Indian journal of veterinary science and animal husbandry - Volumes 24-25, 1954-1955
Year: 1954
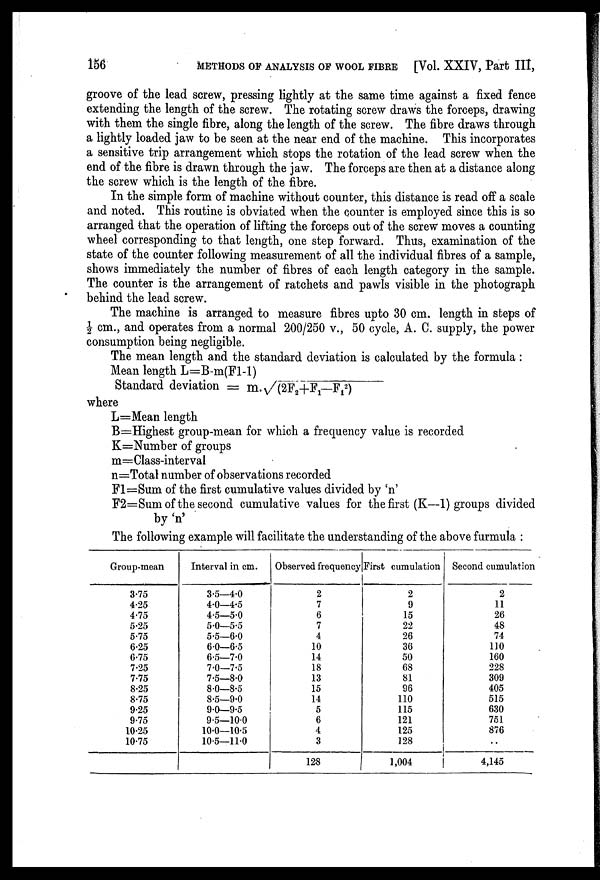
156
METHODS OF ANALYSIS OF WOOL FIBRE [Vol. XXIV, Part III,
groove of the lead screw, pressing lightly at the same time against a fixed fence
extending the length of the screw. The rotating screw draws the forceps, drawing
with them the single fibre, along the length of the screw. The fibre draws through
a lightly loaded jaw to be seen at the near end of the machine. This incorporates
a sensitive trip arrangement which stops the rotation of the lead screw when the
end of the fibre is drawn through the jaw. The forceps are then at a distance along
the screw which is the length of the fibre.
In the simple form of machine without counter, this distance is read off a scale
and noted. This routine is obviated when the counter is employed since this is so
arranged that the operation of lifting the forceps out of the screw moves a counting
wheel corresponding to that length, one step forward. Thus, examination of the
state of the counter following measurement of all the individual fibres of a sample,
shows immediately the number of fibres of each length category in the sample.
The counter is the arrangement of ratchets and pawls visible in the photograph
behind the lead screw.
The machine is arranged to measure fibres upto 30 cm. length in steps of
½ cm., and operates from a normal 200/250 v., 50 cycle, A. C. supply, the power
consumption being negligible.
The mean length and the standard deviation is calculated by the formula :
Mean length L=B-m(F1-1)
Standard deviation = m. √(2F 2 +F 1 —F 1
2
)
where
L=Mean length
B=Highest group-mean for which a frequency value is recorded
K=Number of groups
m=Class-interval
n=Total number of observations recorded
F1=Sum of the first cumulative values divided by 'n'
F2=Sum of the second cumulative values for the first (K—1) groups divided
by 'n'
The following example will facilitate the understanding of the above furmula :
Group-mean
3.75
4.25
4.75
5.25
5.75
6.25
6.75
7.25
7.75
8.25
8.75
9.25
9.75
10.25
10.75
Interval in cm.
3.5—4.0
4.0—4.5
4.5—5.0
5.0—5.5
5.5—6.0
6.0—6.5
6.5—7.0
7.0—7.5
7.5—8.0
8.0—8.5
8.5—9.0
9.0—9.5
9.5—10.0
10.0—10.5
10.5—11.0
Observed frequency
2
7
6
7
4
10
14
18
13
15
14
5
6
4
3
128
First cumulation
2
9
15
22
26
36
50
68
81
96
110
115
121
125
128
1,004
Second cumulation
2
11
26
48
74
110 160
228
309
405
515
630
751
876
..
4,145